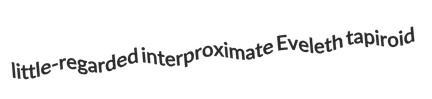
little-regarded interproximate Eveleth tapiroid